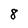
Character: 8